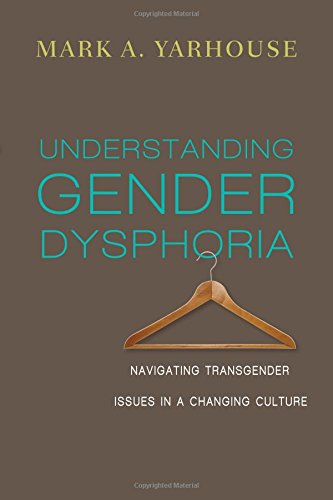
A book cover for Understanding Gender Dysphoria: Navigating Transgender Issues in a Changing Culture (Christian Association for Psychological Studies Books); Mark A. Yarhouse; Medical Books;